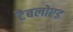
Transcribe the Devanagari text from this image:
टैबलोएड